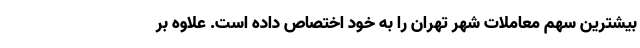
بیشترین سهم معاملات شهر تهران را به خود اختصاص داده است. علاوه بر